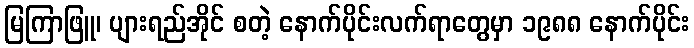
မြကြာဖြူ၊ ပျားရည်အိုင် စတဲ့ နောက်ပိုင်းလက်ရာတွေမှာ ၁၉၈၈ နောက်ပိုင်း